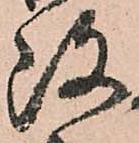
改